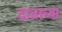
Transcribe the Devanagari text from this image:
दाताच्या